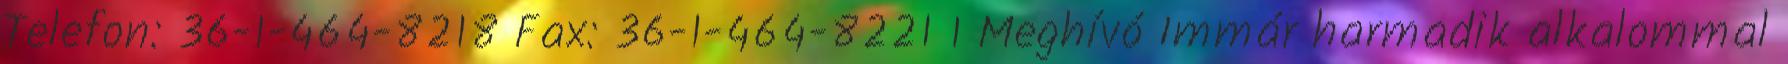
Telefon: 36-1-464-8218 Fax: 36-1-464-8221 1 Meghívó Immár harmadik alkalommal